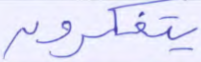
يتفكرون